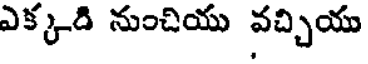
ఎక్కడి నుంచియు వచ్చియు